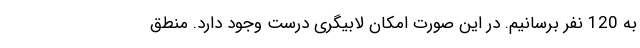
به 120 نفر برسانیم. در این صورت امکان لابیگری درست وجود دارد. منطق